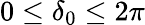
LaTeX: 0\leq\delta_{0}\leq 2\pi